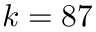
k = 8 7